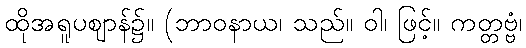
ထိုအရူပဈာန်၌။ (ဘာဝနာယ၊ သည်။ ဝါ၊ ဖြင့်။ ကတ္တဗ္ဗံ၊